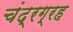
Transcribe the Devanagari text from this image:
चंद्रग्रह